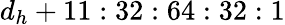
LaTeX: d_{h}+11:32:64:32:1